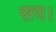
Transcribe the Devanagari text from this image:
सप।